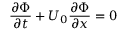
\frac { \partial \Phi } { \partial t } + U _ { 0 } \frac { \partial \Phi } { \partial x } = 0